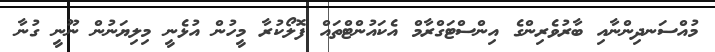
މުއްސަނދިންނާއި ބާރުވެރިންގެ އިންސްޓަގްރާމް އެކައުންޓްތައް ފޮލޯކުރާ މީހުން އުޅެނީ މިލިޔަނުން ނޫނީ ގުނާ